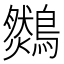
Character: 𪆈